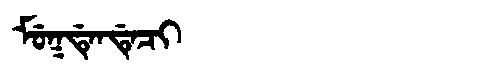
Manchu: ᠮᡠᡴᡩᡝᠨᡩᡝᠴᡳ
Romanization: MUKDENDECI